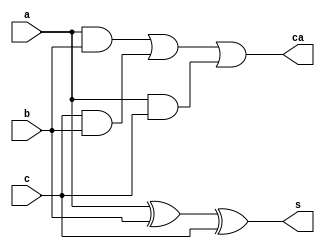
/*Copyright 2019-2021 T-Head Semiconductor Co., Ltd.

Licensed under the Apache License, Version 2.0 (the "License");
you may not use this file except in compliance with the License.
You may obtain a copy of the License at

    http://www.apache.org/licenses/LICENSE-2.0

Unless required by applicable law or agreed to in writing, software
distributed under the License is distributed on an "AS IS" BASIS,
WITHOUT WARRANTIES OR CONDITIONS OF ANY KIND, either express or implied.
See the License for the specific language governing permissions and
limitations under the License.
*/

module compressor_32(a,b,c,s,ca);
parameter B_SIZE = 8;
input  [B_SIZE-1:0] a;
input  [B_SIZE-1:0] b;
input  [B_SIZE-1:0] c;
output [B_SIZE-1:0] s;
output [B_SIZE-1:0] ca;

wire [B_SIZE-1:0] s;
wire [B_SIZE-1:0]ca;

assign s[B_SIZE-1:0]  = a[B_SIZE-1:0]^b[B_SIZE-1:0]^c[B_SIZE-1:0];
assign ca[B_SIZE-1:0] = (a[B_SIZE-1:0]&b[B_SIZE-1:0])
                      | (c[B_SIZE-1:0]&b[B_SIZE-1:0])
                      | (a[B_SIZE-1:0]&c[B_SIZE-1:0]);

//reg   [B_SIZE-1:0]s,ca;
//integer i;
//always @(a[B_SIZE-1:0]
//      or b[B_SIZE-1:0]
//      or c[B_SIZE-1:0]) 
//begin
//  for(i= 0;i<B_SIZE;i=i+1) begin
//    {ca[i],s[i]} =  a[i] + b[i] +  c[i];
//  end
//end
endmodule